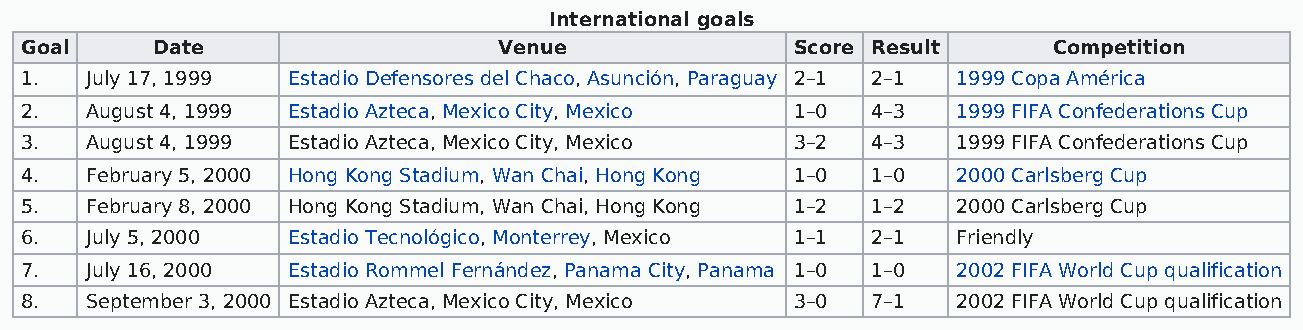
International goals
 Goal     Date                   Venue               Score Result     Competition
 1.   July 17, 1999 Estadio Defensores del Chaco, Asunción, Paraguay 2–1 2–1 1999 Copa América
 2.   August 4, 1999 Estadio Azteca, Mexico City, Mexico 1–0 4–3 1999 FIFA Confederations Cup
 3.   August 4, 1999 Estadio Azteca, Mexico City, Mexico 3–2 4–3 1999 FIFA Confederations Cup
 4.   February 5, 2000 Hong Kong Stadium, Wan Chai, Hong Kong 1–0 1–0 2000 Carlsberg Cup
 5.   February 8, 2000 Hong Kong Stadium, Wan Chai, Hong Kong 1–2 1–2 2000 Carlsberg Cup
 6.   July 5, 2000 Estadio Tecnológico, Monterrey, Mexico 1–1 2–1 Friendly
 7.   July 16, 2000 Estadio Rommel Fernández, Panama City, Panama 1–0 1–0 2002 FIFA World Cup qualification
 8.   September 3, 2000 Estadio Azteca, Mexico City, Mexico 3–0 7–1 2002 FIFA World Cup qualification